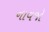
નાવજો